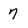
Character: 7